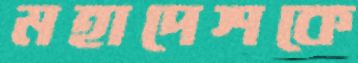
মহাদেশকে